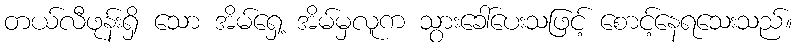
တယ်လီဖုန်းရှိ သော အိမ်ရှေ့ အိမ်မှလူက သွားခေါ်ပေးသဖြင့် စောင့်နေရသေးသည်။